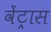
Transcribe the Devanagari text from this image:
वेंट्रास